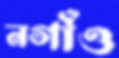
নগাঁও